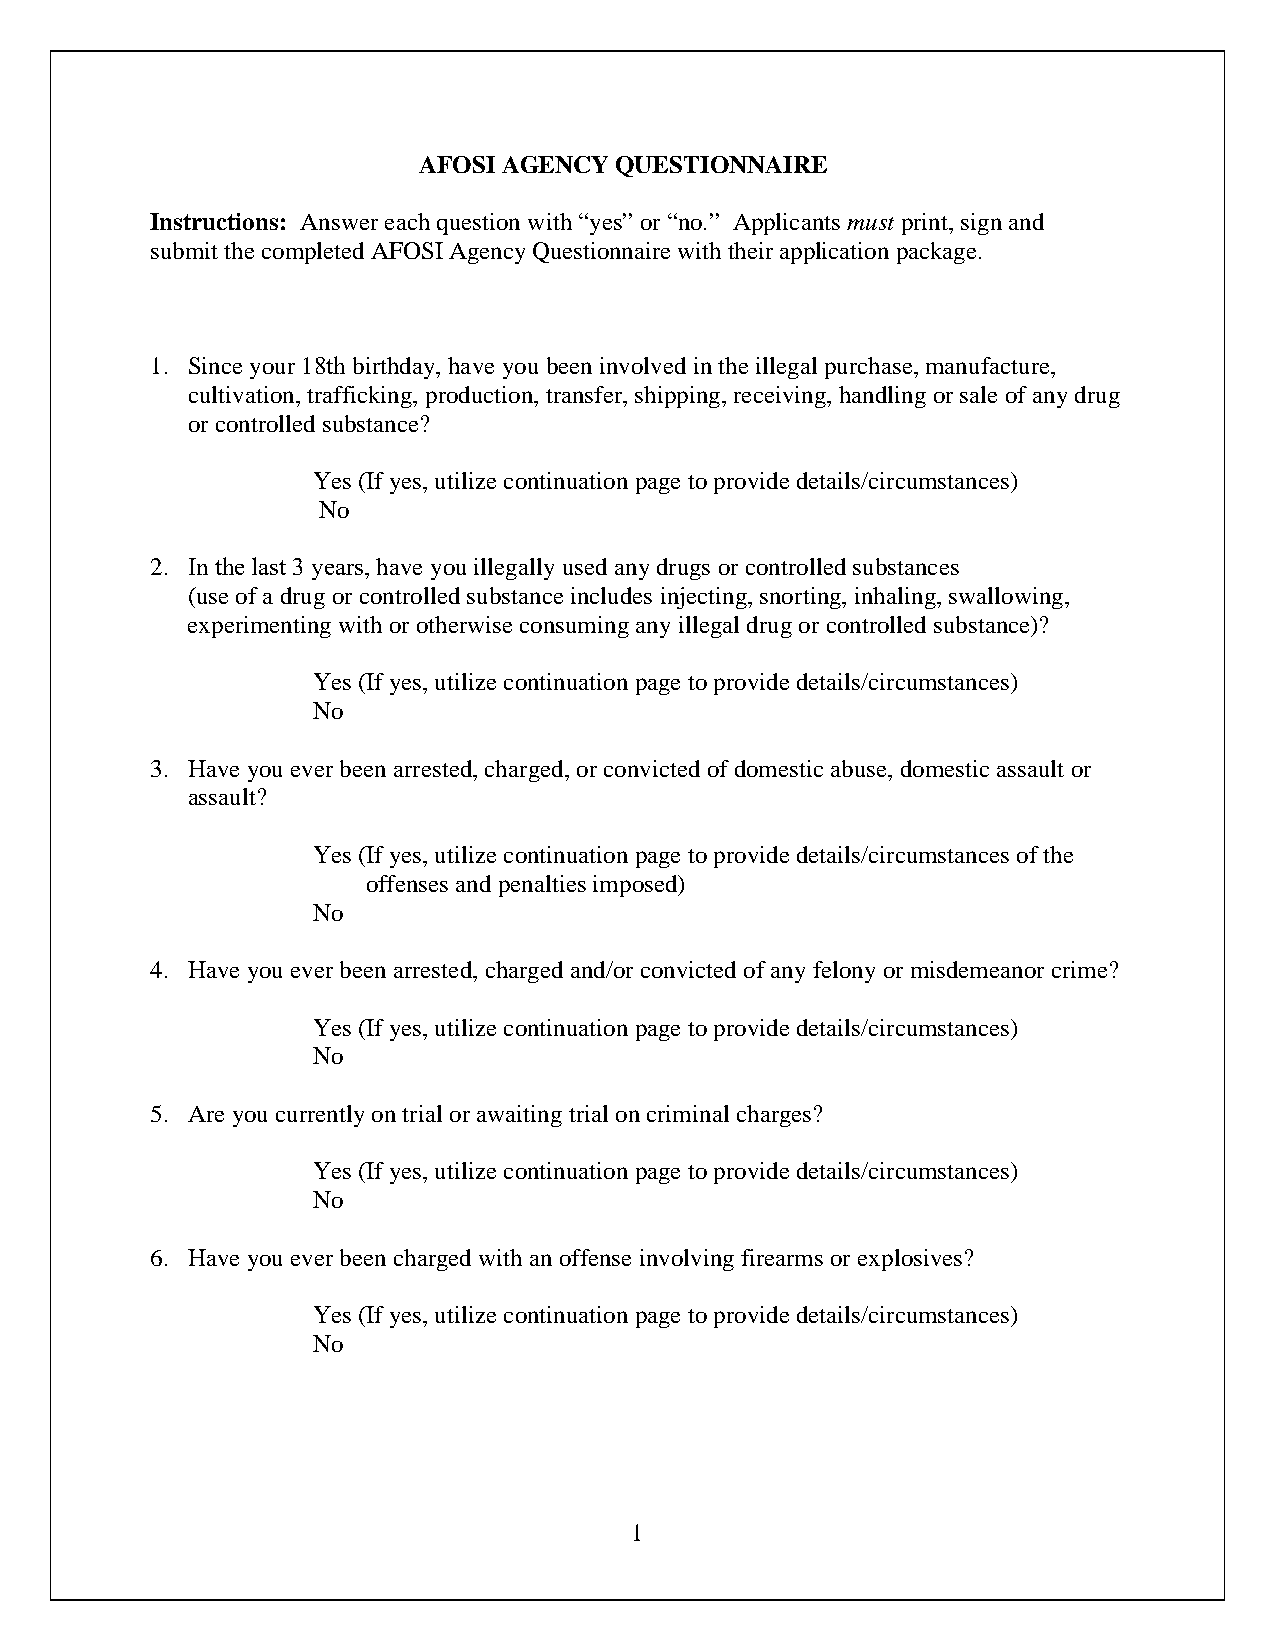
AFOSI AGENCY QUESTIONNAIRE
 Instructions: Answer each question with “yes” or “no.” Applicants must print, sign and
 submit the completed AFOSI Agency Questionnaire with their application package.
 1. Since your 18th birthday, have you been involved in the illegal purchase, manufacture,
 cultivation, trafficking, production, transfer, shipping, receiving, handling or sale of any drug
 or controlled substance?
 Yes (If yes, utilize continuation page to provide details/circumstances)
 No
 2. In the last 3 years, have you illegally used any drugs or controlled substances
 (use of a drug or controlled substance includes injecting, snorting, inhaling, swallowing,
 experimenting with or otherwise consuming any illegal drug or controlled substance)?
 Yes (If yes, utilize continuation page to provide details/circumstances)
 No
 3. Have you ever been arrested, charged, or convicted of domestic abuse, domestic assault or
 assault?
 Yes (If yes, utilize continuation page to provide details/circumstances of the
 offenses and penalties imposed)
 No
 4. Have you ever been arrested, charged and/or convicted of any felony or misdemeanor crime?
 Yes (If yes, utilize continuation page to provide details/circumstances)
 No
 5. Are you currently on trial or awaiting trial on criminal charges?
 Yes (If yes, utilize continuation page to provide details/circumstances)
 No
 6. Have you ever been charged with an offense involving firearms or explosives?
 Yes (If yes, utilize continuation page to provide details/circumstances)
 No
 1